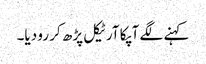
کہنے لگے آپکا آرٹیکل پڑھ کر رو دیا۔